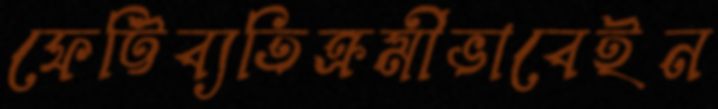
ফেট্টিব্যতিক্রমীভাবেইন